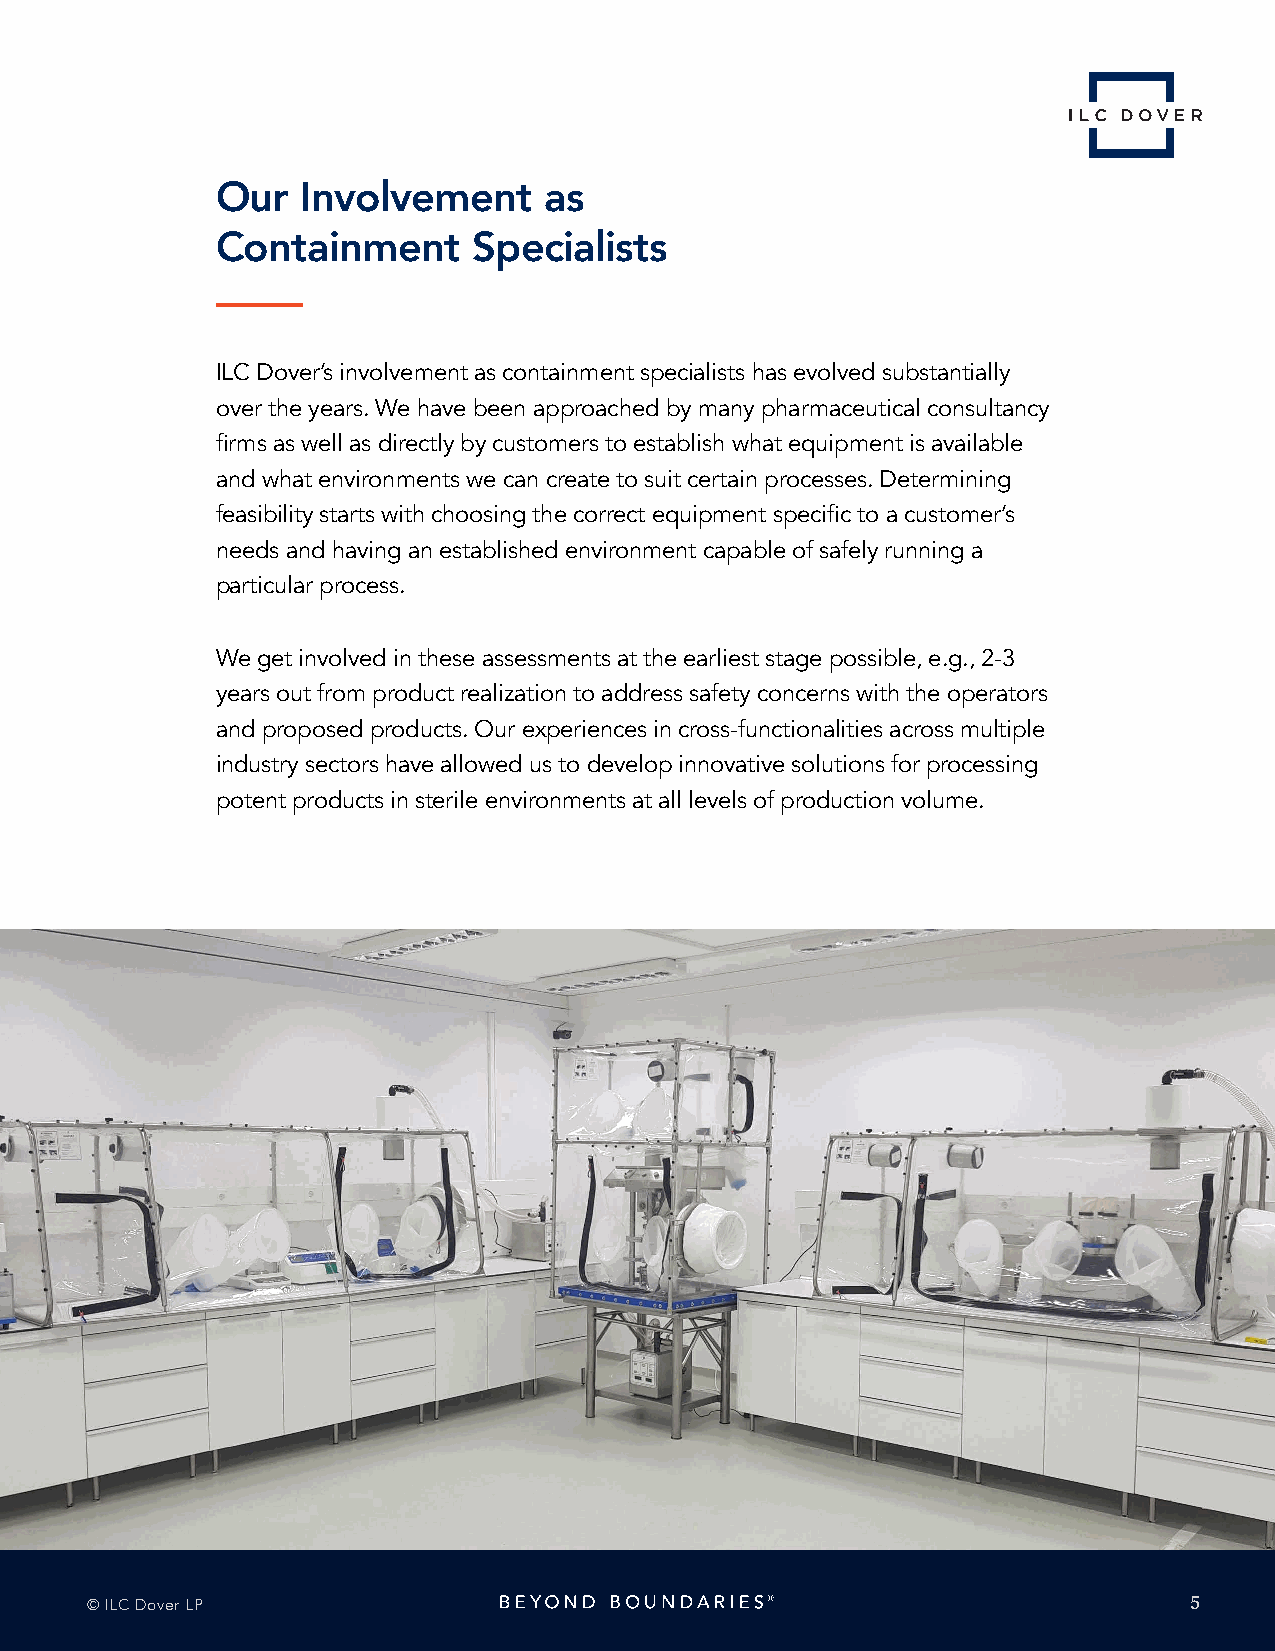
Our   Involvement     as
 Containment      Specialists
 ILC Dover’s involvement as containment specialists has evolved substantially
 over the years. We have been approached by many pharmaceutical consultancy
 firms as well as directly by customers to establish what equipment is available
 and what environments we can create to suit certain processes. Determining
 feasibility starts with choosing the correct equipment specific to a customer’s
 needs and having an established environment capable of safely running a
 particular process.
 We get involved in these assessments at the earliest stage possible, e.g., 2-3
 years out from product realization to address safety concerns with the operators
 and proposed products. Our experiences in cross-functionalities across multiple
 industry sectors have allowed us to develop innovative solutions for processing
 potent products in sterile environments at all levels of production volume.
 © ILC Dover LP                                                           5